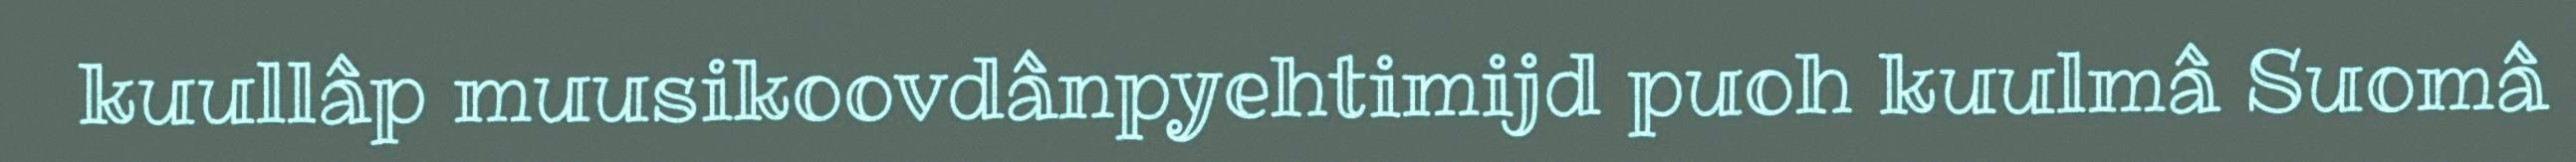
kuullâp muusikoovdânpyehtimijd puoh kuulmâ Suomâ